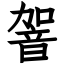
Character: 䪪